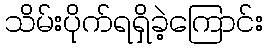
သိမ်းပိုက်ရရှိခဲ့ကြောင်း